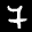
Label: 7